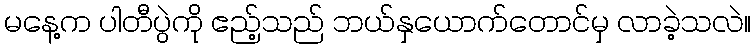
မနေ့က ပါတီပွဲကို ဧည့်သည် ဘယ်နှယောက်တောင်မှ လာခဲ့သလဲ။